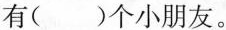
有( )个小朋友。